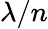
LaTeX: \lambda/n